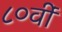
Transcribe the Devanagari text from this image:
८०वीं